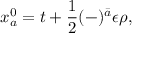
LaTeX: x _ { a } ^ { 0 } = t + \frac { 1 } { 2 } ( - ) ^ { \bar { a } } \epsilon \rho ,